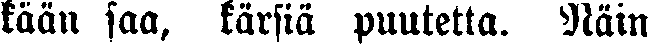
kään saa, kärsiä puutetta. Näin